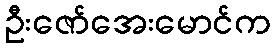
ဦးဇော်အေးမောင်က